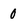
Character: 0